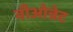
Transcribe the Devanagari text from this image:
वीओन्नेट